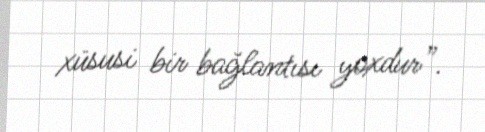
xüsusi bir bağlantısı yoxdur”.